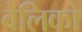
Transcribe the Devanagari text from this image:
वेलिको